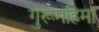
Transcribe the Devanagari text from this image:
गुरूमहिमा